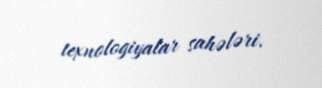
texnologiyalar sahələri.